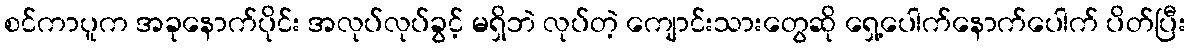
စင်ကာပူက အခုနောက်ပိုင်း အလုပ်လုပ်ခွင့် မရှိဘဲ လုပ်တဲ့ ကျောင်းသားတွေဆို ရှေ့ပေါက်နောက်ပေါက် ပိတ်ပြီး